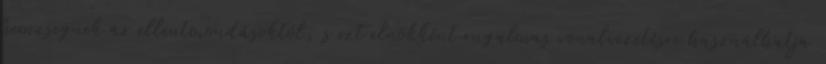
hemzsegnek az ellentmondásoktól, s ezt elnökként rugalmas vonalvezetésre használhatja